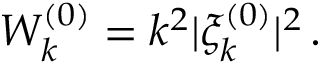
\begin{array} { r } { W _ { k } ^ { ( 0 ) } = k ^ { 2 } | \xi _ { k } ^ { ( 0 ) } | ^ { 2 } \, . } \end{array}